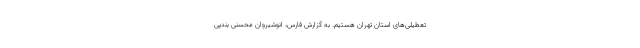
تعطیلی‌های استان تهران هستیم. به گزارش فارس، انوشیروان محسنی بندپی